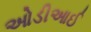
ઓડીઆઈ